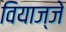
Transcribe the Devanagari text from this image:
वियाज्जे